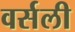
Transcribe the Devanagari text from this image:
वर्सली